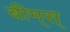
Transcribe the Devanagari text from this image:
बीम्‌स्‌